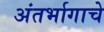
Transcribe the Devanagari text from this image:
अंतर्भागाचे